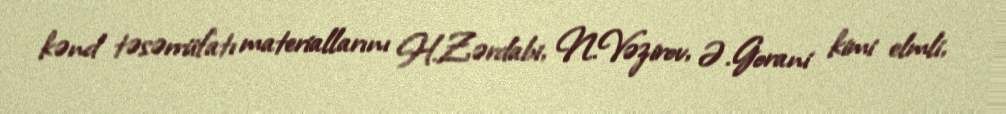
kənd təsərrüfatı materiallarını H.Zərdabi, N.Vəzirov, Ə.Gorani kimi elmli,